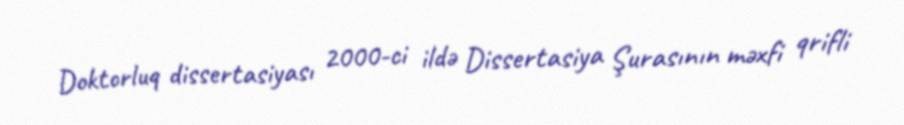
Doktorluq dissertasiyası 2000-ci ildə Dissertasiya Şurasının məxfi qrifli